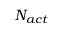
N _ { a c t }